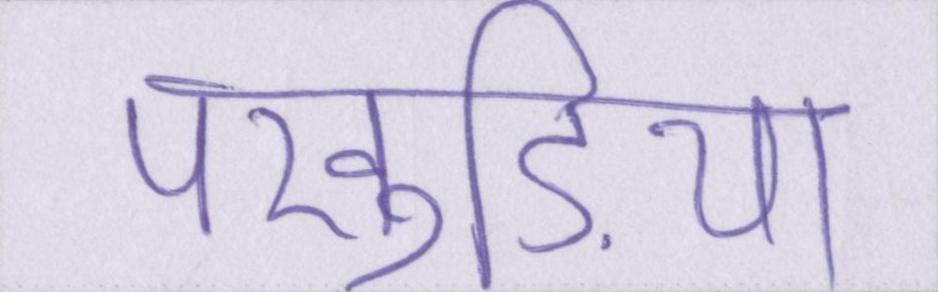
पंखुड़ियां